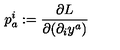
p _ { a } ^ { i } : = \frac { \partial L } { \partial ( \partial _ { i } y ^ { a } ) }